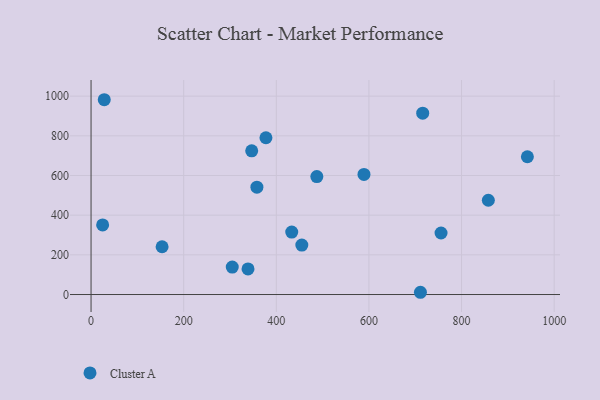
{"axis": {"x": "Ad Spend", "y": "Profit"}, "legend": ["Cluster A"], "data": [{"x": "942.1", "y": 694.6, "type": "Cluster A"}, {"x": "589.3", "y": 605.2, "type": "Cluster A"}, {"x": "716.1", "y": 914.2, "type": "Cluster A"}, {"x": "711.2", "y": 11.3, "type": "Cluster A"}, {"x": "358.1", "y": 540.9, "type": "Cluster A"}, {"x": "153.4", "y": 240.7, "type": "Cluster A"}, {"x": "28.5", "y": 982.0, "type": "Cluster A"}, {"x": "338.9", "y": 128.9, "type": "Cluster A"}, {"x": "755.7", "y": 310.2, "type": "Cluster A"}, {"x": "25.0", "y": 350.7, "type": "Cluster A"}, {"x": "346.9", "y": 724.2, "type": "Cluster A"}, {"x": "433.3", "y": 314.6, "type": "Cluster A"}, {"x": "857.8", "y": 475.3, "type": "Cluster A"}, {"x": "487.5", "y": 594.7, "type": "Cluster A"}, {"x": "304.9", "y": 138.4, "type": "Cluster A"}, {"x": "377.6", "y": 790.4, "type": "Cluster A"}, {"x": "455.1", "y": 249.3, "type": "Cluster A"}]}